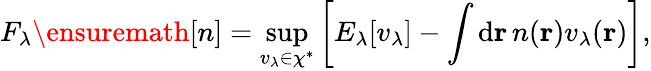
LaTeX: F_{\lambda}\ensuremath{[n]}=\operatorname*{sup}_{v_{\lambda}\in\chi^{\ast}}\left[E_{\lambda}[v_{\lambda}]-\int\mathrm{d}\mathbf{r}\, n(\mathbf{r})v_{\lambda}(\mathbf{r})\right],